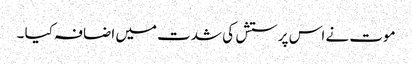
موت نے اس پرستش کی شدت میں اضافہ کیا ۔